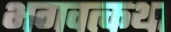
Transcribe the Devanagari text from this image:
भगवत्कथा